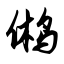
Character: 鸺